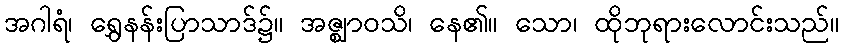
အဂါရံ၊ ရွှေနန်းပြာသာဒ်၌။ အဇ္ဈာဝသိ၊ နေ၏။ သော၊ ထိုဘုရားလောင်းသည်။